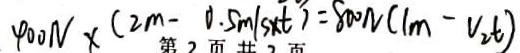
4 0 0 N \times ( 2 m - 0 . 5 m / s \times t ) = 8 0 0 N ( 1 m - v _ { 2 } t )